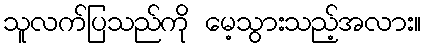
သူလက်ပြသည်ကို မေ့သွားသည့်အလား။